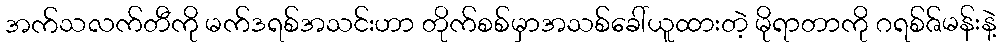
အက်သလက်တီကို မက်ဒရစ်အသင်းဟာ တိုက်စစ်မှာအသစ်ခေါ်ယူထားတဲ့ မိုရာတာကို ဂရစ်ဇ်မန်းနဲ့